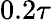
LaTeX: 0.2\tau